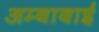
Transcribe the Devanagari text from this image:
अम्बाबाई